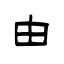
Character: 由